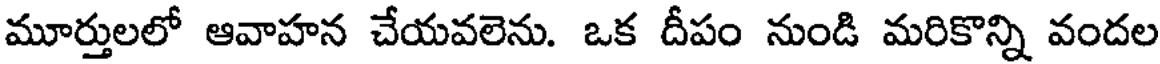
మూర్తులలో ఆవాహన చేయవలెను. ఒక దీపం నుండి మరికొన్ని వందల